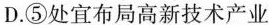
D.⑤处宜布局高新技术产业